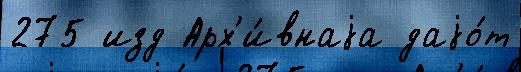
275 изд Арх'и́внаjа даjо́т